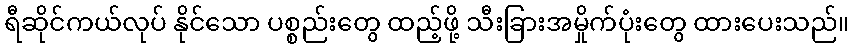
ရီဆိုင်ကယ်လုပ် နိုင်သော ပစ္စည်းတွေ ထည့်ဖို့ သီးခြားအမှိုက်ပုံးတွေ ထားပေးသည်။